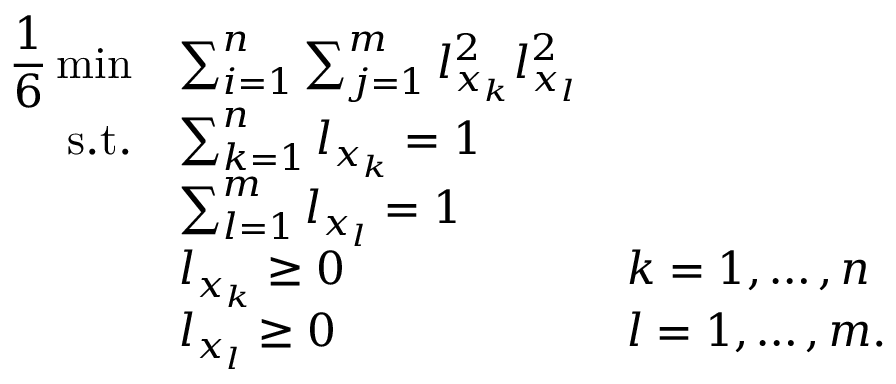
\begin{array} { r l l } { \displaystyle \frac 1 6 \operatorname* { m i n } } & { \sum _ { i = 1 } ^ { n } \sum _ { j = 1 } ^ { m } l _ { x _ { k } } ^ { 2 } l _ { x _ { l } } ^ { 2 } } \\ { \mathrm { s . t . } } & { \sum _ { k = 1 } ^ { n } l _ { x _ { k } } = 1 } \\ & { \sum _ { l = 1 } ^ { m } l _ { x _ { l } } = 1 } \\ & { l _ { x _ { k } } \geq 0 } & { k = 1 , \ldots , n } \\ & { l _ { x _ { l } } \geq 0 } & { l = 1 , \ldots , m . } \end{array}